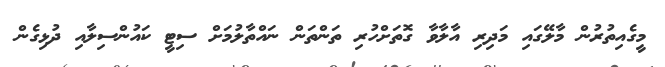
މީގެއިތުރުން މާލޭގައި މަދިރި އާލާވާ ގޮތަށްހުރި ތަންތަން ނައްތާލުމަށް ސިޓީ ކައުންސިލާއި ދުޅިގެން